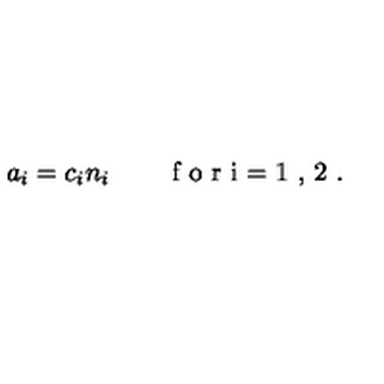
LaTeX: a _ { i } = c _ { i } n _ { i } \qquad \textrm { f o r i = 1 , 2 } .